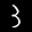
Label: 3